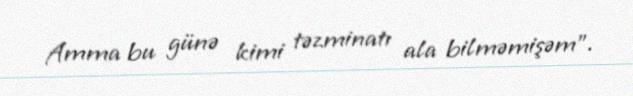
Amma bu günə kimi təzminatı ala bilməmişəm”.